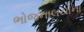
ભોજનાલયોના